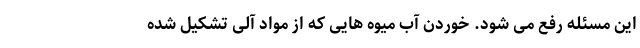
این مسئله رفع می شود. خوردن آب میوه هایی که از مواد آلی تشکیل شده